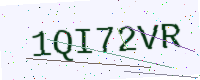
Text: 1QI72VR